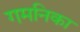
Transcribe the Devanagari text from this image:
गमनिका